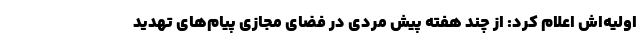
اولیه‌اش اعلام کرد: از چند هفته پیش مردی در فضای مجازی پیام‌های تهدید